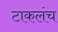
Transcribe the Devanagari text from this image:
टाकलंच